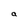
Character: a